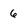
Character: 6